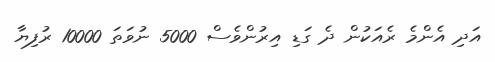
އަދި އެންމެ ރެއަކުން ދެ ގަޑި އިރުންވެސް 5000 ނުވަތަ 10000 ރުފިޔާ